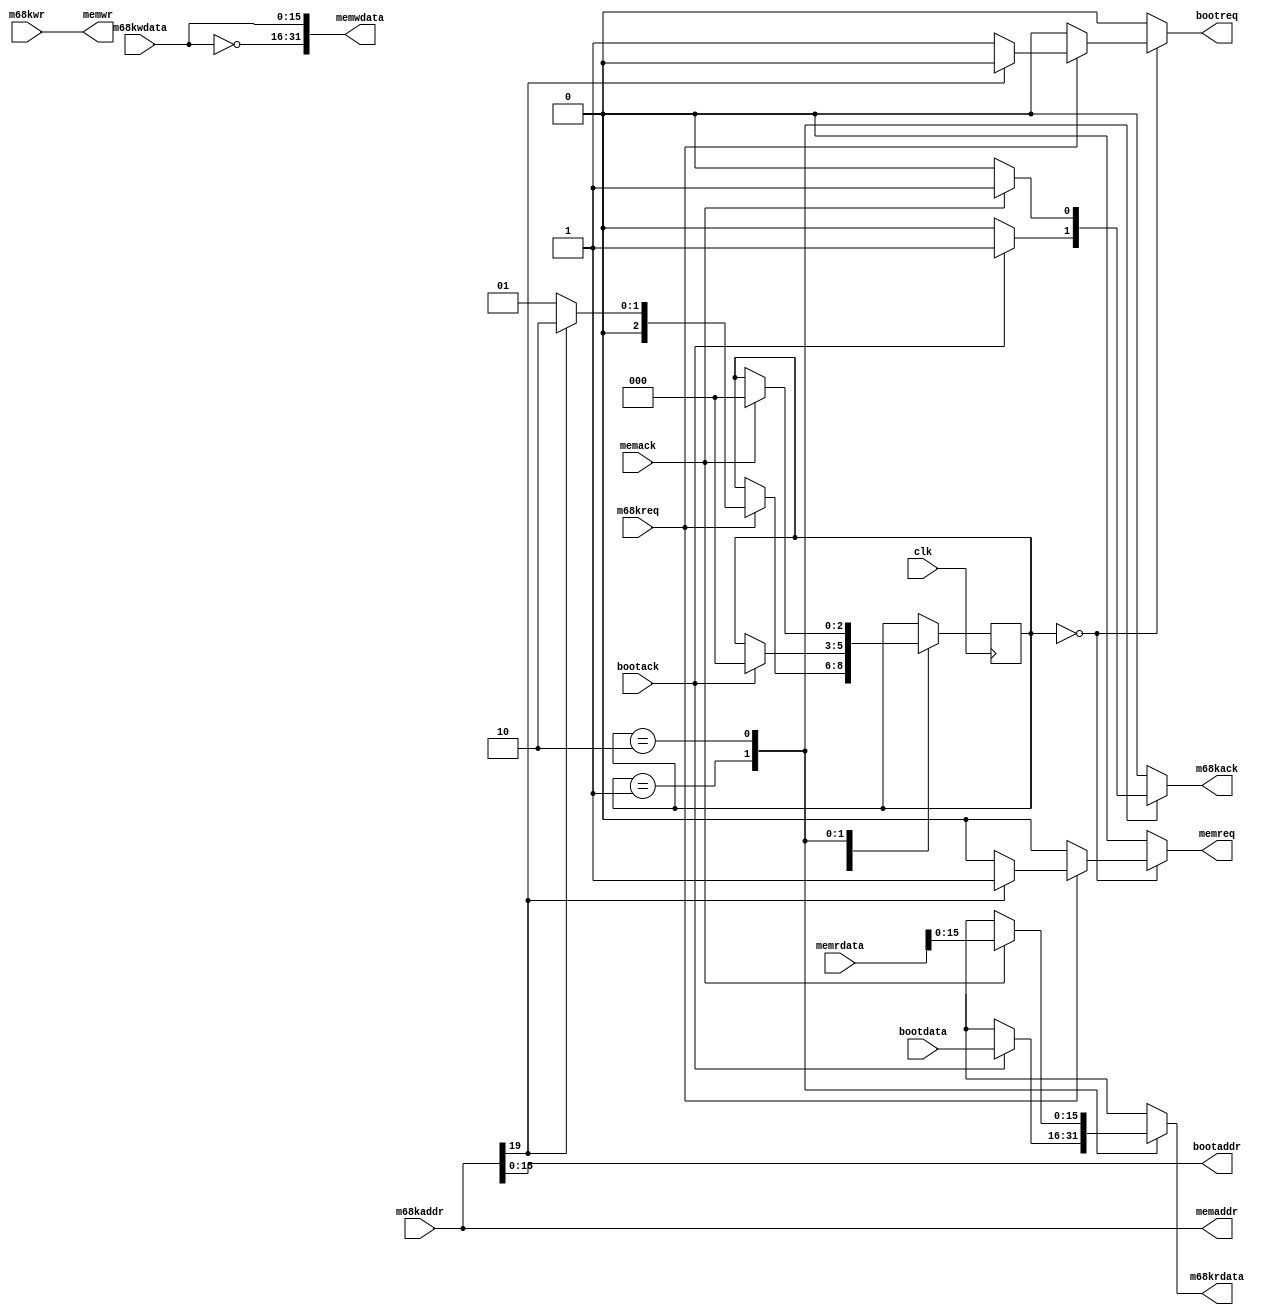
module switch(
	input wire clk,
	
	input wire m68kreq,
	input wire [19:0] m68kaddr,
	input wire [15:0] m68kwdata,
	input wire m68kwr,
	output reg m68kack,
	output reg [15:0] m68krdata,
	
	output reg bootreq,
	output wire [15:0] bootaddr,
	input wire bootack,
	input wire [15:0] bootdata,
	
	output wire [19:0] memaddr,
	output reg memreq,
	output wire [31:0] memwdata,
	output wire memwr,
	input wire memack,
	input wire [31:0] memrdata
);

	reg [2:0] state, state_;
	localparam IDLE = 0;
	localparam BOOT = 1;
	localparam MEM = 2;

	assign memwr = m68kwr;
	assign memaddr = m68kaddr;
	assign memwdata = {~m68kwdata, m68kwdata};
	assign bootaddr = m68kaddr;
	
	initial state = IDLE;
	
	always @(posedge clk)
		state <= state_;

	always @(*) begin
		state_ = state;
		bootreq = 0;
		memreq = 0;
		m68kack = 0;
		m68krdata = 16'bx;
		
		case(state)
		IDLE:
			if(m68kreq) begin
				if(m68kaddr[19]) begin
					memreq = 1;
					state_ = MEM;
				end else begin
					state_ = BOOT;
					bootreq = 1;
				end
			end
		BOOT:
			if(bootack) begin
				m68kack = 1;
				m68krdata = bootdata;
				state_ = IDLE;
			end
		MEM:
			if(memack) begin
				m68kack = 1;
				m68krdata = memrdata;
				state_ = IDLE;
			end
		endcase
	end

endmodule